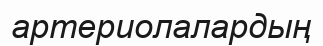
артериолалардың